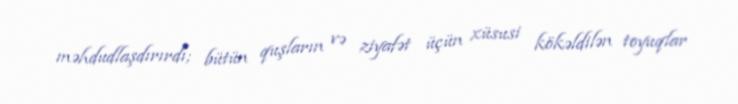
məhdudlaşdırırdı; bütün quşların və ziyafət üçün xüsusi kökəldilən toyuqlar